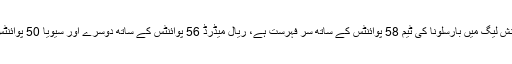
میچ کا اختتام اسی اسکور پر اسپینش لیگ میں بارسلونا کی ٹیم 58 پوائنٹس کے ساتھ سر فہرست ہے، ریال میڈرڈ 56 پوائنٹس کے ساتھ دوسرے اور سیویا 50 پوائنٹس کے ساتھ تیسرے نمبر پر ہے۔